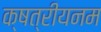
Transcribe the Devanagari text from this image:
क्षत्रीयनम